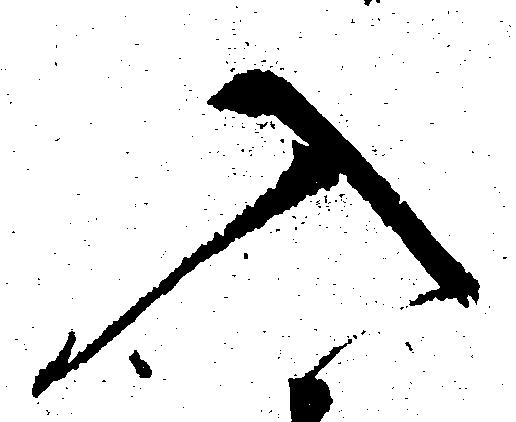
入